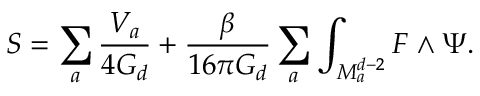
S = \sum _ { a } \frac { V _ { a } } { 4 G _ { d } } + \frac { \beta } { 1 6 \pi G _ { d } } \sum _ { a } \int _ { M _ { a } ^ { d - 2 } } F \wedge \Psi .